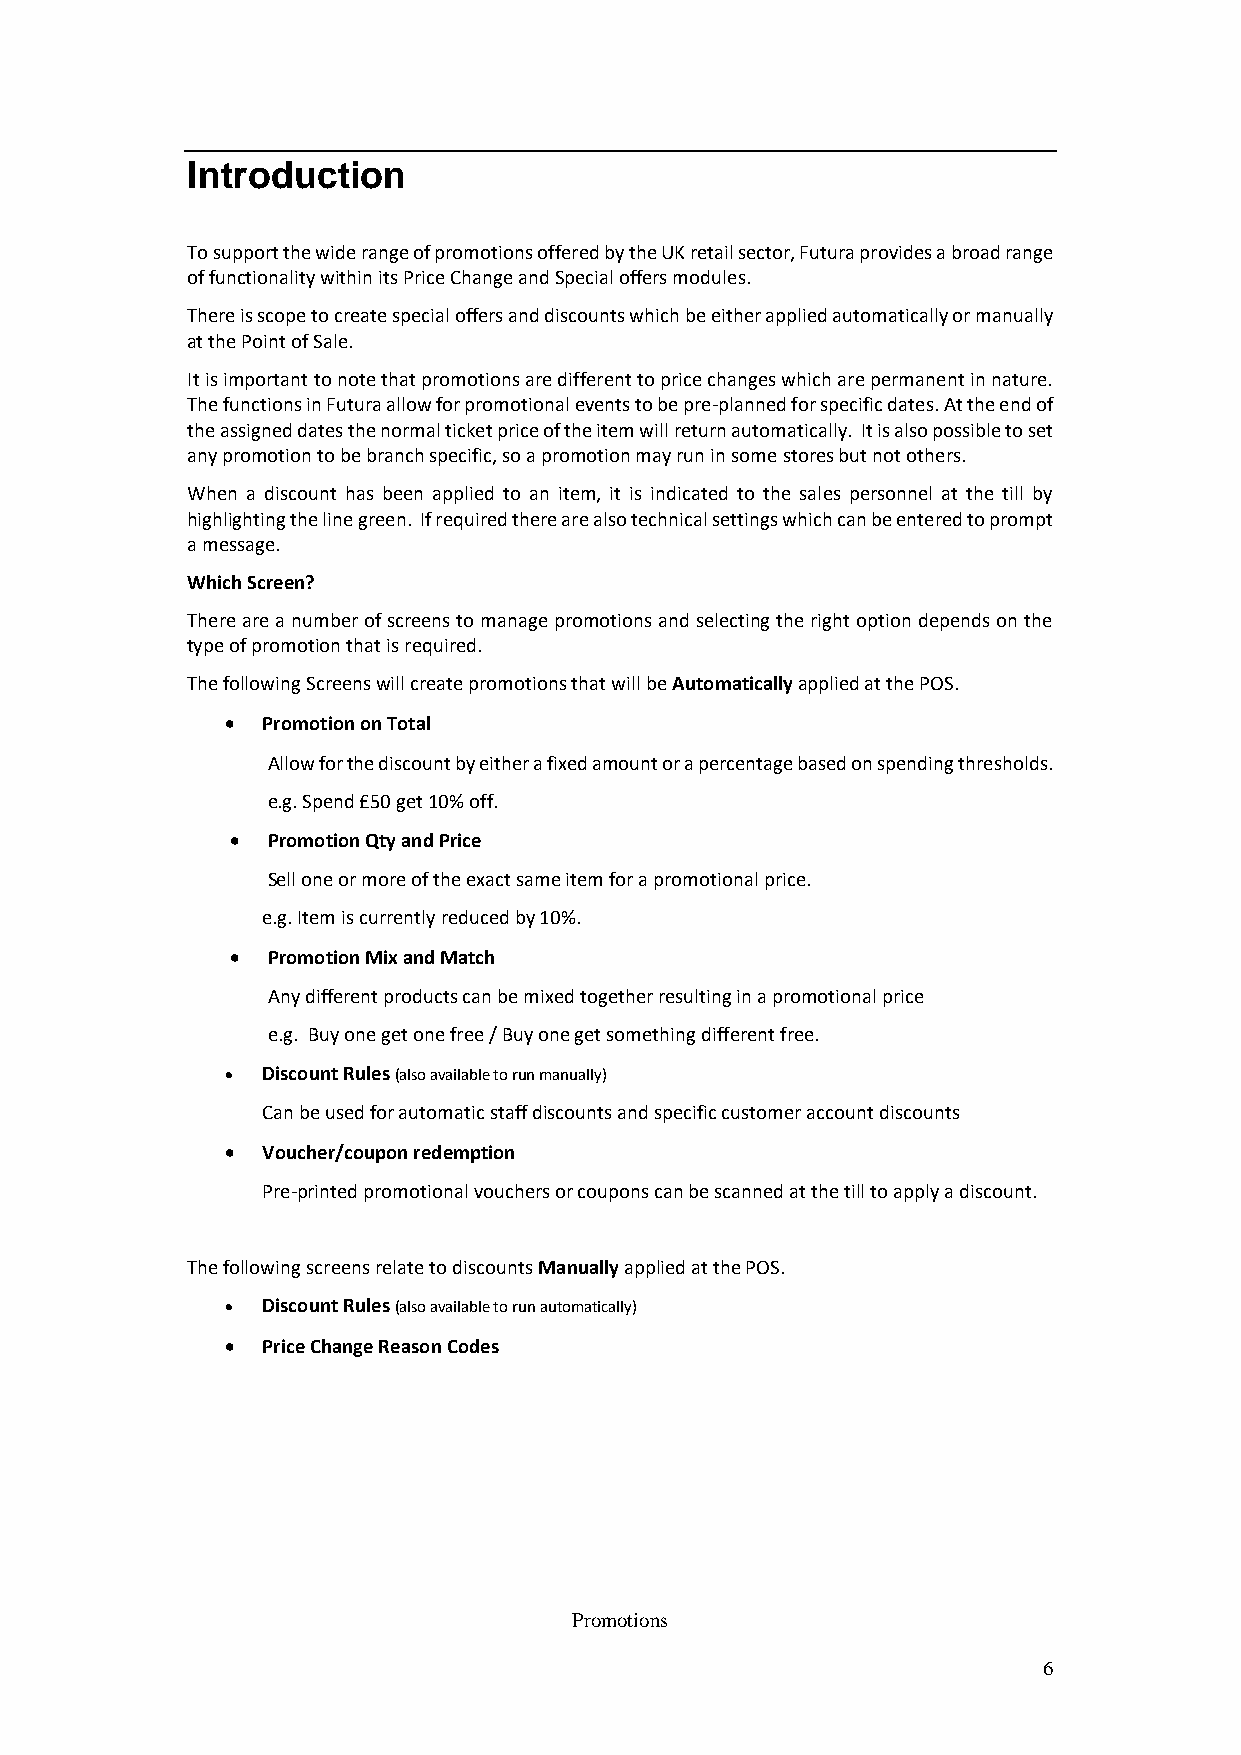
Introduction
 To support the wide range of promotions offered by the UK retail sector, Futura provides a broad range
 of functionality within its Price Change and Special offers modules.
 There is scope to create special offers and discounts which be either applied automatically or manually
 at the Point of Sale.
 It is important to note that promotions are different to price changes which are permanent in nature.
 The functions in Futura allow for promotional events to be pre-planned for specific dates. At the end of
 the assigned dates the normal ticket price of the item will return automatically. It is also possible to set
 any promotion to be branch specific, so a promotion may run in some stores but not others.
 When a discount has been applied to an item, it is indicated to the sales personnel at the till by
 highlighting the line green. If required there are also technical settings which can be entered to prompt
 a message.
 Which Screen?
 There are a number of screens to manage promotions and selecting the right option depends on the
 type of promotion that is required.
 The following Screens will create promotions that will be Automatically applied at the POS.
  Promotion on Total
 Allow for the discount by either a fixed amount or a percentage based on spending thresholds.
 e.g. Spend £50 get 10% off.
   Promotion Qty and Price
 Sell one or more of the exact same item for a promotional price.
 e.g. Item is currently reduced by 10%.
   Promotion Mix and Match
 Any different products can be mixed together resulting in a promotional price
 e.g. Buy one get one free / Buy one get something different free.
  Discount Rules (also available to run manually)
 Can be used for automatic staff discounts and specific customer account discounts
  Voucher/coupon redemption
 Pre-printed promotional vouchers or coupons can be scanned at the till to apply a discount.
 The following screens relate to discounts Manually applied at the POS.
  Discount Rules (also available to run automatically)
  Price Change Reason Codes
 Promotions
 6